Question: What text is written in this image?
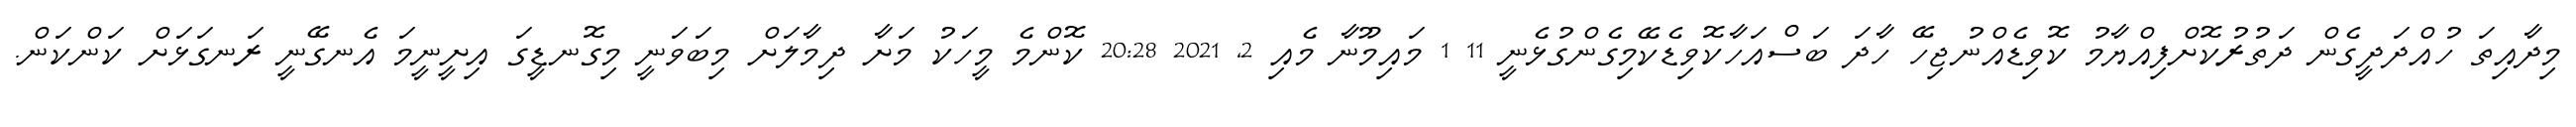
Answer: މިދާއިތަ ހުއްދަދީގެން ދަތުރުކޮށްފިއްޔާމު ކޮވިޑެއްނުޖިހޭ ހާދަ ބަސްއަހާކޮވިޑެކޭމިގެންގުޅެނީ 11 1 މައިމޫނާ މެއި 2, 2021 20:28 ކޮންމެ މީހަކު މަށާ ދިމާލަށް މިބަވަނީ މިގޮނޑީގަ އިށީނީމަ އެނގޭނީ ރަނގަޅަށް ކަންކަން.